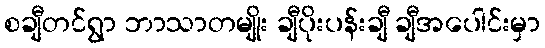
စချီတင်ရွာ ဘာသာတမျိုး ချီပိုးပန်းချီ ချီအပေါင်းမှာ